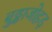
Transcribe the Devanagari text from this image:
बुड्ढाजोहड़